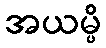
အယမ္ပိ